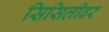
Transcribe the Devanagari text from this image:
सिसिलीवर